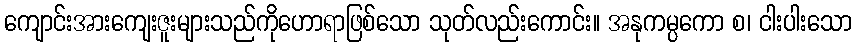
ကျောင်းအားကျေးဇူးများသည်ကိုဟောရာဖြစ်သော သုတ်လည်းကောင်း။ အနုကမ္ပကော စ၊ ငါးပါးသော